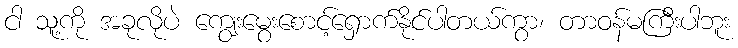
ငါ သူ့ကို အခုလိုပဲ ကျွေးမွေးစောင့်ရှောက်နိုင်ပါတယ်ကွာ၊ တာဝန်မကြီးပါဘူး